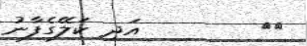
٢٣        އަދި ކަލޭގެފާނު